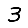
Digit: 3